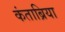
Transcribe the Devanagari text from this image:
कंताब्रिया